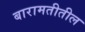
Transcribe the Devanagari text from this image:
बारामतीतील